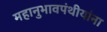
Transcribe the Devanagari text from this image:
महानुभावपंथीयांना